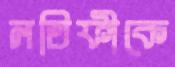
লতিফীকে